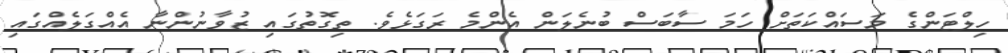
ހިލްޓަންގެ މަސައްކަތަށް ހަމަ ސާބަސް ބުނެލަން އެންމެ ރަގަޅެވެ. ތިގޮތުގައި ޒުވާނުންނާ އެއްގަލެއްގައި